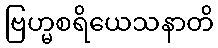
ဗြဟ္မစရိယေသနာတိ